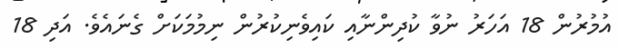
އުމުރުން 18 އަހަރު ނުވާ ކުދިންނާއި ކައިވެނިކުރުން ނިމުމަކަށް ގެނައެވެ. އަދި 18